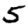
Digit: 5